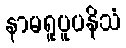
နာမရူပူပနိသံ